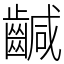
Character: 䶢